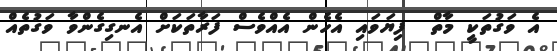
އެ ވަގުތަކީ މާތް  ފިޔަވައި އެހެން އެއްވެސް ފަރާތަކަށް އެނގިގެންވާ ވަގުތެއް